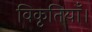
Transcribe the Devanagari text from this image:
विकृतियाँ।